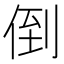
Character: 倒